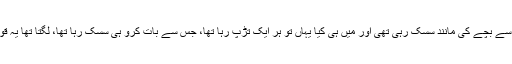
میں ایک چھوٹے سے بچے کی مانند سسک رہی تھی اور میں ہی کیا یہاں تو ہر ایک تڑپ رہا تھا، جس سے بات کرو ہی سسک رہا تھا، لگتا تھا یہ قوم یتیم ہوگئی تھی۔